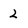
Character: 2